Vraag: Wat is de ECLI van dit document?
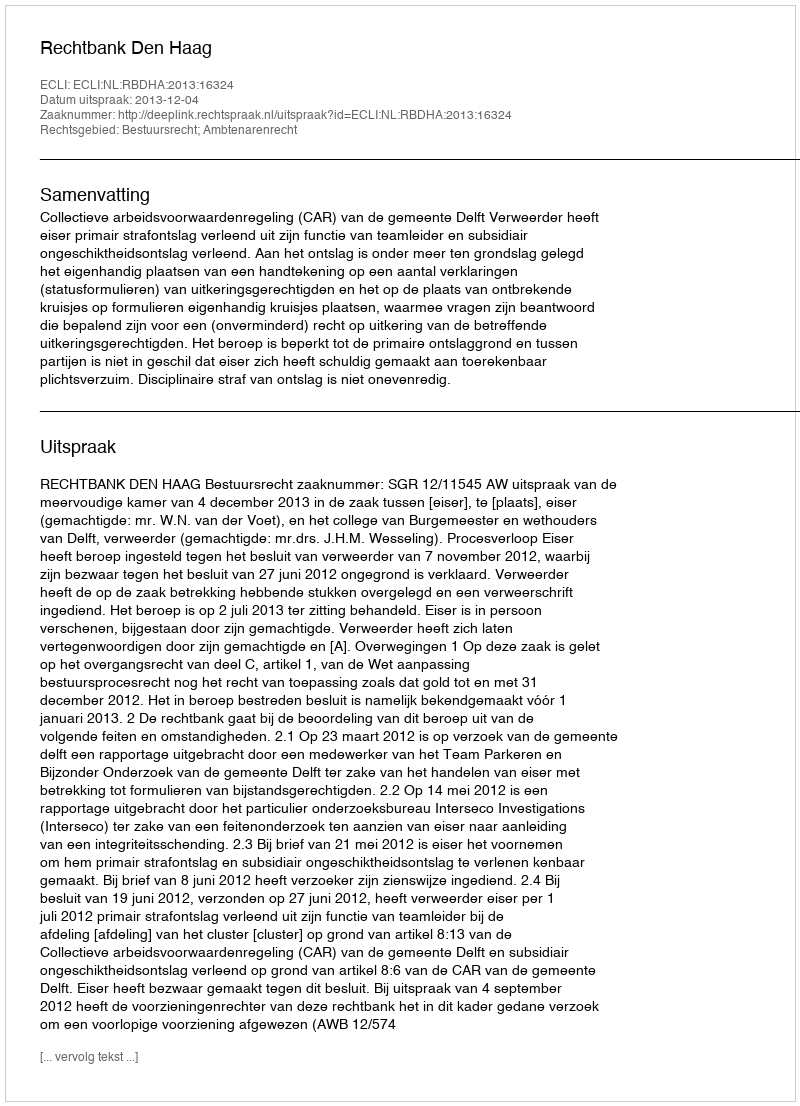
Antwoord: ECLI:NL:RBDHA:2013:16324